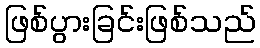
ဖြစ်ပွားခြင်းဖြစ်သည်